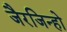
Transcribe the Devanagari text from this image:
जैरजिन्हो